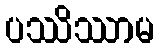
ပဿိဿာမ